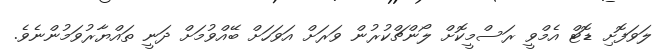
ލަވަފޮށި ޑޮޓް އެމްވީ ރަސްމީކޮށް ލޯންޗްކުރުން ވަރަށް އަވަހަށް ބޭއްވުމަށް ދަނީ ތައްޔާރުވަމުންނެވެ.